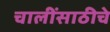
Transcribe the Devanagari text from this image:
चालींसाठीचे